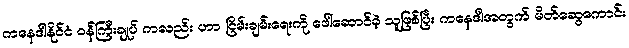
ကနေဒါနိုင်ငံ ဝန်ကြီးချုပ် ကလည်း ဟာ ငြိမ်းချမ်းရေးကို ဖေါ်ဆောင်ခဲ့ သူဖြစ်ပြီး ကနေဒါအတွက် မိတ်ဆွေကောင်း